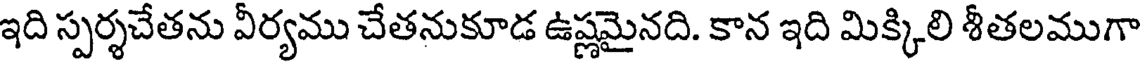
ఇది స్పర్శచేతను వీర్యము చేతనుకూడ ఉష్ణమైనది. కాన ఇది మిక్కిలి శీతలముగా